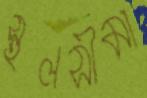
স্থলসীমা